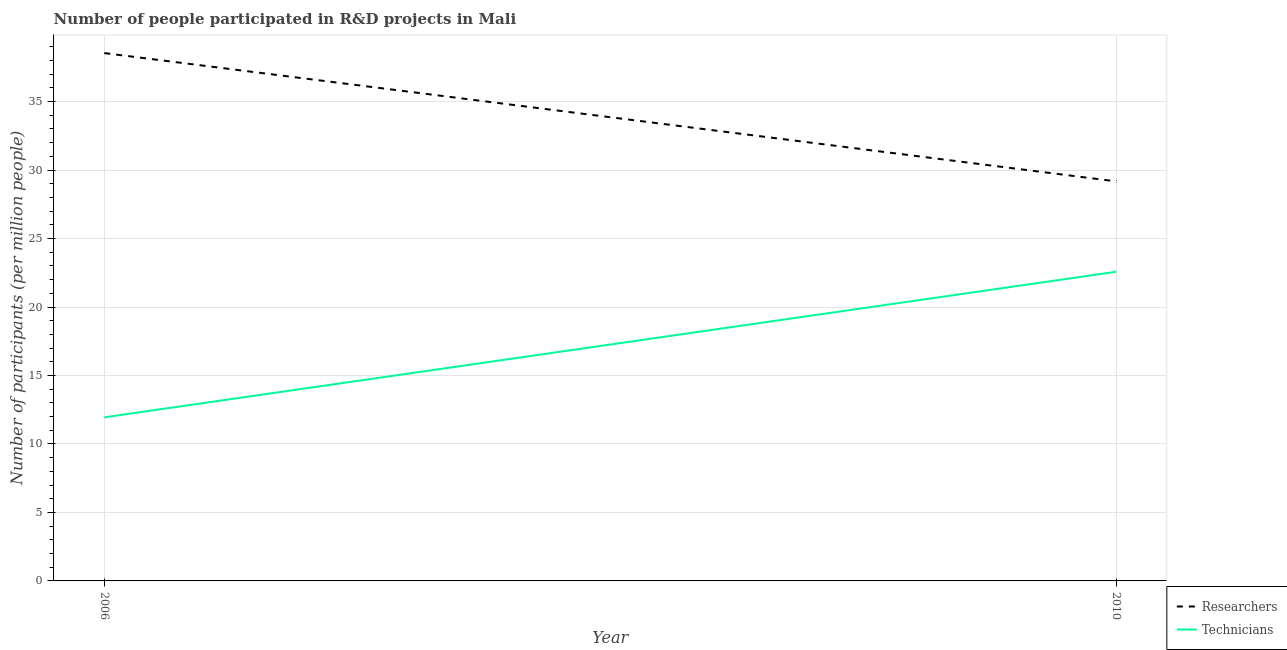
| Year | Researchers | Technicians |
 | --- | --- | --- |
 | 2006 | 38.5 | 11.9 |
 | 2010 | 29.2 | 22.6 |